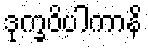
ဒုက္ခဝိပါကာနိ